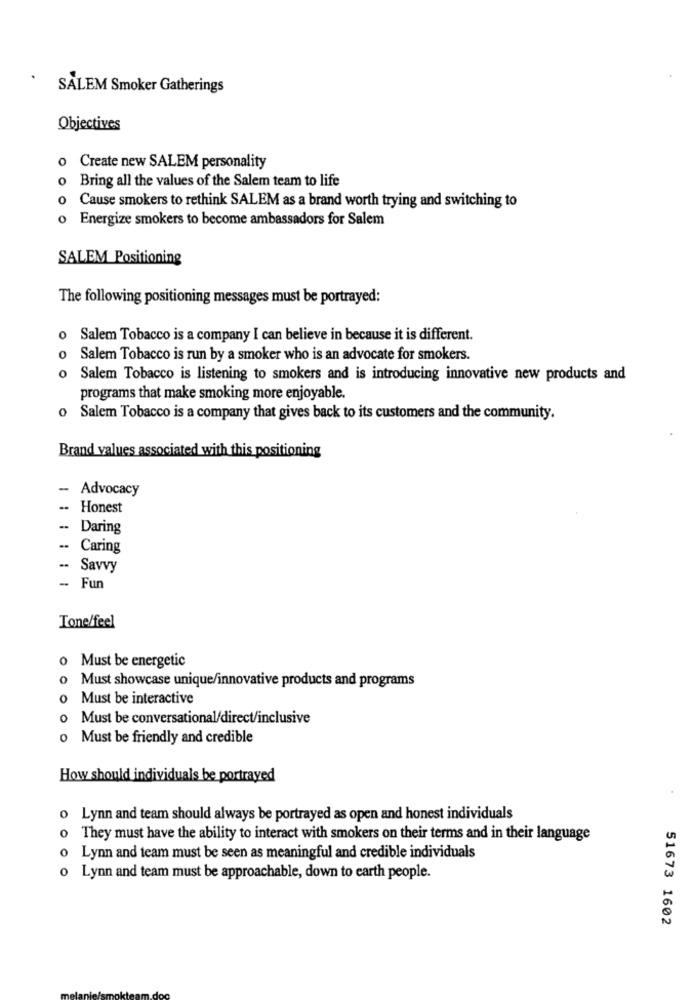
SALEM Smoker Gatherings
Objectives
o Create new SALEM personality
0
Bring all the values of the Salem team to life
0
Cause smokers to rethink SALEM as a brand worth trying and switching to
Energize smokers to become ambassadors for Salem
SALEM Positioning
The following positioning messages must be portrayed:
O
Salem Tobacco is a company I can believe in because it is different.
0
Salem Tobacco is run by a smoker who is an advocate for smokers.
o Salem Tobacco is listening to smokers and is introducing innovative new products and
programs that make smoking more enjoyable.
o Salem Tobacco is a company that gives back to its customers and the community.
Brand values associated with this positioning
-
Advocacy
.. Honest
Daring
.. Caring
Savvy
- Fun
Tone/feel
o Must be energetic
o Must showcase unique/innovative products and programs
o Must be interactive
o Must be conversational/direct/inclusive
o Must be friendly and credible
How should individuals be portrayed
o Lynn and team should always be portrayed as open and honest individuals
They must have the ability to interact with smokers on their terms and in their language
o Lynn and team must be seen as meaningful and credible individuals
o Lynn and team must be approachable, down to earth people.
51673 1602